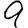
Digit: 9